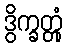
ဒွိက္ခတ္တုံ